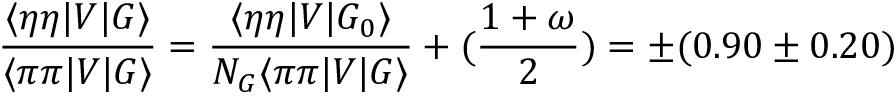
\frac { \langle \eta \eta | V | G \rangle } { \langle \pi \pi | V | G \rangle } = \frac { \langle \eta \eta | V | G _ { 0 } \rangle } { N _ { G } \langle \pi \pi | V | G \rangle } + ( \frac { 1 + \omega } { 2 } ) = \pm ( 0 . 9 0 \pm 0 . 2 0 )